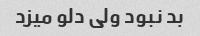
بد نبود ولی دلو میزد